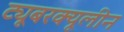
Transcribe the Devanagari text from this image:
ट्यूबरक्यूलीन